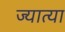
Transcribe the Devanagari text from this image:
ज्यात्या